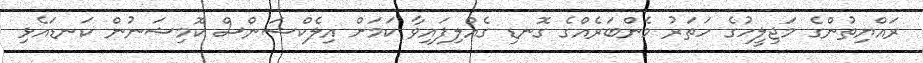
ރައްޔިތުންގެ މަޖިލީހުގެ ހަަތަރު މެންބަރެއްގެ ގޮނޑި ގެއްލިފައިވާ ކަމަށް އިލެކްޝަންސް ކޮމިޝަނުން ކަނޑައެޅި